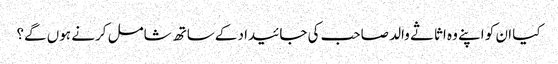
کیا ان کو اپنے وہ اثاثے والد صاحب کی جائیداد کےساتھ شامل کرنے ہوں گے؟